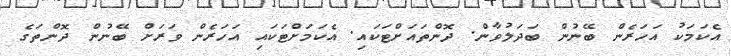
އެކަމަކު އަހަރެން ބޭނުން ބަދަލުވާން. ދޮންތައަށްޓަކައި. އެކަމަށްޓަކައި އަހަރެން ވަރަށް ބޭނުން ދޮންތަގެ